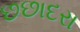
છછાદરા